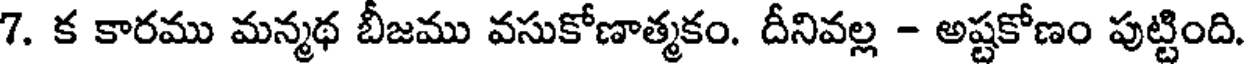
7. క కారము మన్మథ బీజము వసుకోణాత్మకం. దీనివల్ల - అష్టకోణం పుట్టింది.